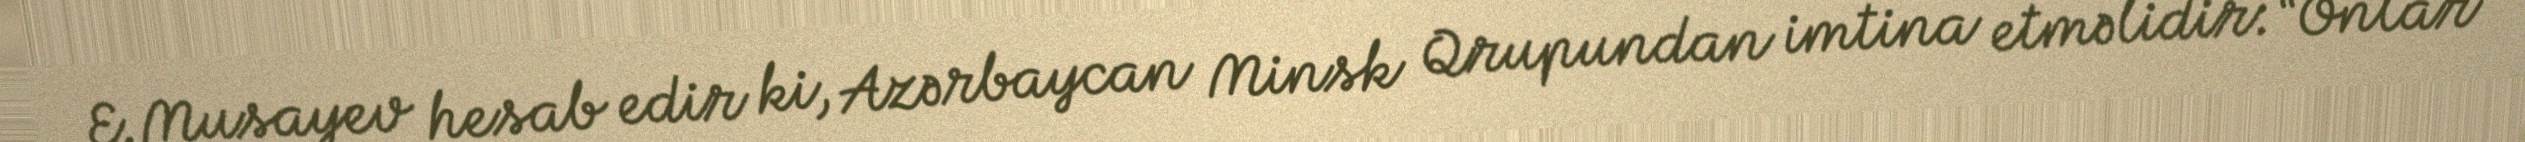
E.Musayev hesab edir ki, Azərbaycan Minsk Qrupundan imtina etməlidir: “Onlar